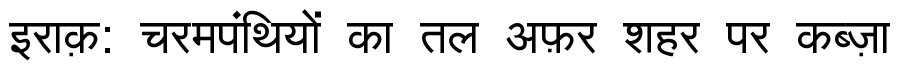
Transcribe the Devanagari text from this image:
इराक़: चरमपंथियों का तल अफ़र शहर पर कब्ज़ा